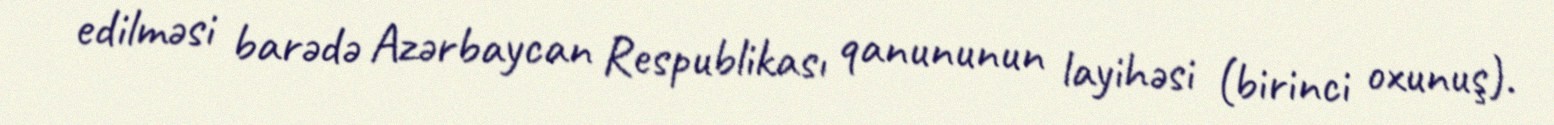
edilməsi barədə Azərbaycan Respublikası qanununun layihəsi (birinci oxunuş).